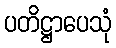
ပတိဋ္ဌာပေသုံ